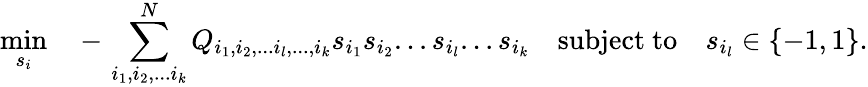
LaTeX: \operatorname*{min}_{{s_{i}}}\quad-\, \sum_{i_{1},i_{2},...i_{k}}^{N}Q_{i_{1},i_{2},...i_{l},...,i_{k}}s_{i_{1}}s_{i_{2}}...s_{i_{l}}...s_{i_{k}}\quad\mathrm{subject}\ \mathrm{to}\quad s_{i_{l}}\in\{ -1,1\} .